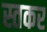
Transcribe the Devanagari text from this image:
स्तकर